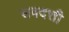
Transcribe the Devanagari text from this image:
सवदत्ती